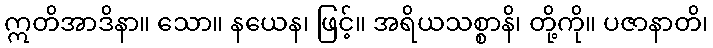
ဣတိအာဒိနာ။ သော။ နယေန၊ ဖြင့်။ အရိယသစ္စာနိ၊ တို့ကို။ ပဇာနာတိ၊